Report of the veterinary officer investigating camel disease
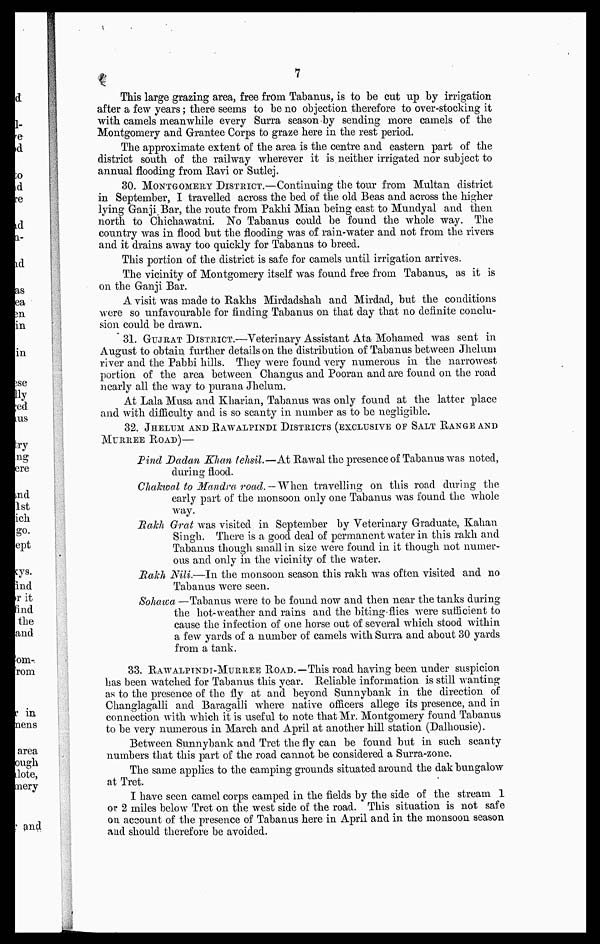
7
This large grazing area, free from Tabanus, is to be cut up by irrigation
after a few years ; there seems to be no objection therefore to over-stocking it
with camels meanwhile every Surra season by sending more camels of the
Montgomery and Grantee Corps to graze here in the rest period.
The approximate extent of the area is the centre and eastern part of the
district south of the railway wherever it is neither irrigated nor subject to
annual flooding from Ravi or Sutlej.
30. MONTGOMERY DISTRICT.—Continuing the tour from Multan district
in September, I travelled across the bed of the old Beas and across the higher
lying Ganji Bar, the route from Pakhi Mian being east to Mundyal and then
north to Chichawatni. No Tabanus could be found the whole way. The
country was in flood but the flooding was of rain-water and not from the rivers
and it drains away too quickly for Tabanus to breed.
This portion of the district is safe for camels until irrigation arrives.
The vicinity of Montgomery itself was found free from Tabanus, as it is
on the Ganji Bar.
A visit was made to Rakhs Mirdadshah and Mirdad, but the conditions
were so unfavourable for finding Tabanus on that day that no definite conclu-
sion could be drawn.
31. GUJARAT DISTRICT.—Veterinary Assistant Ata Mohamed was sent in
August to obtain further details on the distribution of Tabanus between Jhelum
river and the Pabbi hills. They were found very numerous in the narrowest
portion of the area between Changus and Pooran and are found on the road
nearly all the way to purana Jhelum.
At Lala Musa and Kharian, Tabanus was only found at the latter place
and with difficulty and is so scanty in number as to be negligible.
32. JHELUM AND RAWALPINDI DISTRICTS (EXCLUSIVE OF SALT RANGE AND
MURREE ROAD)—
Pind Dadan Khan tehsil.—At Rawal the presence of Tabanus was noted,
during flood.
Chakwal to Mandra road. - When travelling on this road during the
early part of the monsoon only one Tabanus was found the whole
way.
Rakh Grat was visited in September by Veterinary Graduate, Kalian
Singh. There is a good deal of permanent water in this rakh and
Tabanus though small in size were found in it though not numer-
ous and only in the vicinity of the water.
Rakh Nili.—In the monsoon season this rakh was often visited and no
Tabanus were seen.
Sohawa —Tabanus were to be found now and then near the tanks during
the hot-weather and rains and the biting-flies were sufficient to
cause the infection of one horse out of several which stood within
a few yards of a number of camels with Surra and about 30 yards
from a tank.
33. RAWALPINDI-MURREE ROAD.—This road having been under suspicion
has been watched for Tabanus this year. Reliable information is still wanting
as to the presence of the fly at and beyond Sunnybank in the direction of
Changlagalli and Baragalli where native officers allege its presence, and in
connection with which it is useful to note that Mr. Montgomery found Tabanus
to be very numerous in March and April at another hill station (Dalhousie).
Between Sunnybank and Tret the fly can be found but in such scanty
numbers that this part of the road cannot be considered a Surra-zone.
The same applies to the camping grounds situated around the dak bungalow
at Tret.
I have seen camel corps camped in the fields by the side of the stream 1
or 2 miles below Tret on the west side of the road. This situation is not safe
on account of the presence of Tabanus here in April and in the monsoon season
and should therefore be avoided.